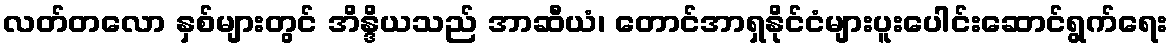
လတ်တလော နှစ်များတွင် အိန္ဒိယသည် အာဆီယံ၊ တောင်အာရှနိုင်ငံများပူးပေါင်းဆောင်ရွက်ရေး